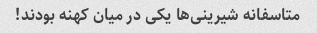
متاسفانه شیرینی‌ها یکی در میان کهنه بودند!